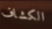
الكشاف